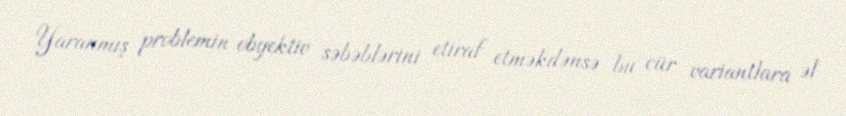
Yaranmış problemin obyektiv səbəblərini etiraf etməkdənsə bu cür variantlara əl